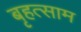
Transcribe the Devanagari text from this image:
बृहत्साम